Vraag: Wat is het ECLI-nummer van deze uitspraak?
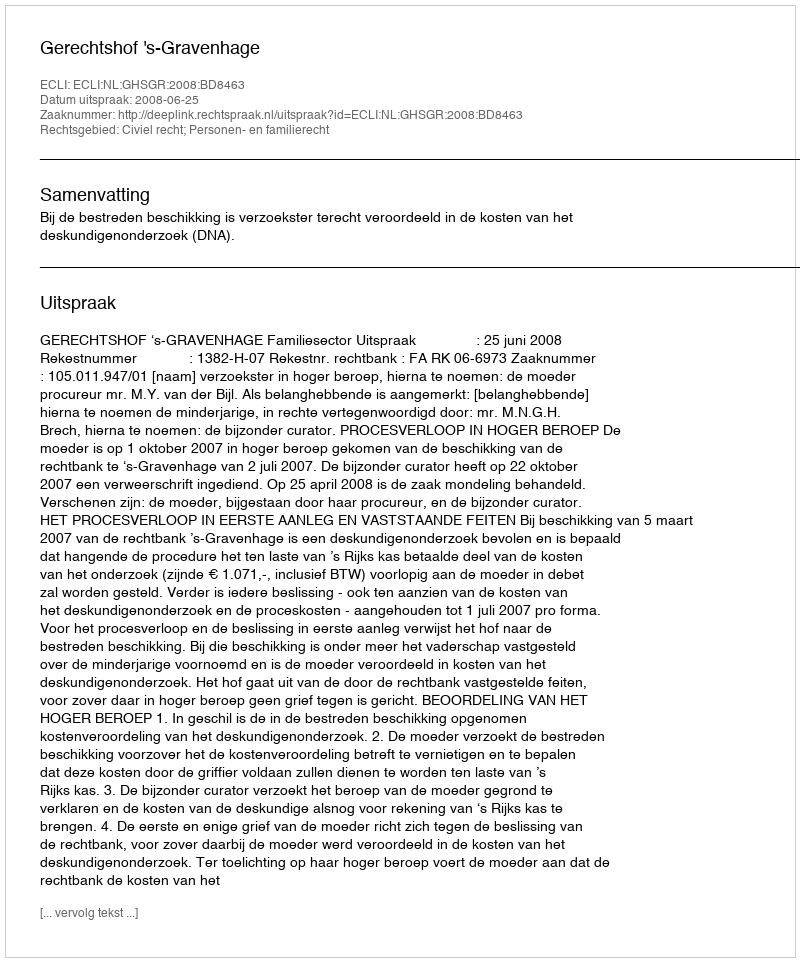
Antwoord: ECLI:NL:GHSGR:2008:BD8463